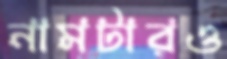
নামটারও